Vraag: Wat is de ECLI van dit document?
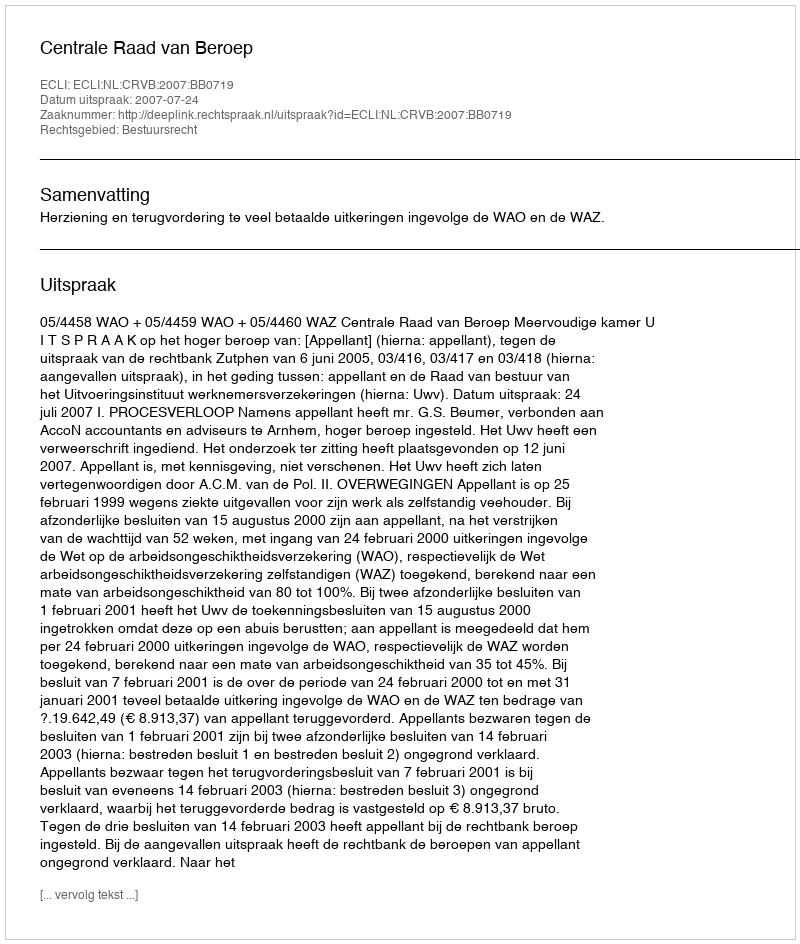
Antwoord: ECLI:NL:CRVB:2007:BB0719